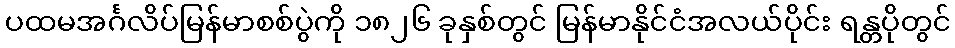
ပထမအင်္ဂလိပ်မြန်မာစစ်ပွဲကို ၁၈၂၆ ခုနှစ်တွင် မြန်မာနိုင်ငံအလယ်ပိုင်း ရန္တပိုတွင်